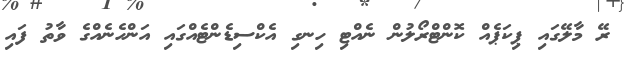
ރޭ މާލޭގައި ޕިކަޕެއް ކޮންޓްރޯލުން ނެއްޓި ހިނގި އެކްސިޑެންޓެއްގައި އަންހެނެއްގެ ވާތު ފައި